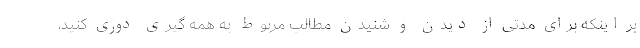
بر اینکه برای مدتی از دیدن و شنیدن مطالب مربوط به همه گیری دوری کنید،